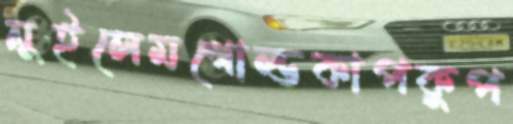
নুইলেমগোল্ডকাপকুপ